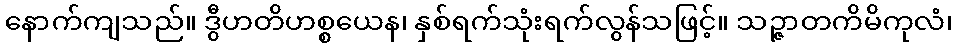
နောက်ကျသည်။ ဒွီဟတိဟစ္စယေန၊ နှစ်ရက်သုံးရက်လွန်သဖြင့်။ သဉ္ဇာတကိမိကုလံ၊